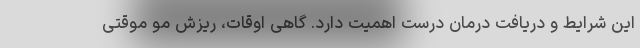
این شرایط و دریافت درمان درست اهمیت دارد. گاهی اوقات، ریزش مو موقتی